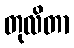
တုလိတာ